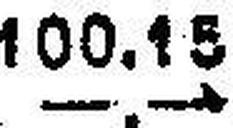
—.—